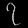
Digit: ၇